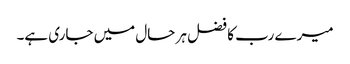
میرے رب کا فضل ہر حال میں جاری ہے۔